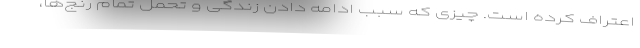
اعتراف کرده است. چیزی که سبب ادامه دادن زندگی و تحمل تمام رنج‌ها،